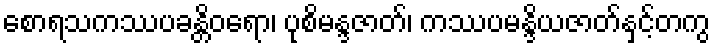
စောရသကဿပခန္တိဝရော၊ ပုစိမန္ဒဇာတ်၊ ကဿပမန္ဒိယဇာတ်နှင့်တကွ